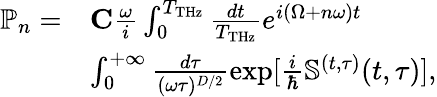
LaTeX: \begin{array}{rl}{\mathbb{P}_{n}=}&{{\mathbf C}\frac{\omega}{i}\int_{0}^{T_{\mathrm{THz}}}\frac{dt}{T_{\mathrm{THz}}}e^{i(\Omega+n\omega)t}}\\ &{\int_{0}^{+\infty}\frac{d\tau}{(\omega\tau)^{D/2}}\exp[{\frac{i}{\hbar}\mathbb{S}^{(t,\tau)}(t,\tau)}],}\end{array}